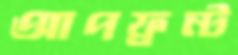
আপফ্রন্ট